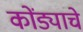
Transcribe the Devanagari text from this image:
कोंड्याचे